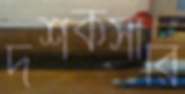
দর্শকসারি